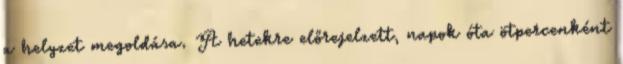
a helyzet megoldása. A hetekre előrejelzett, napok óta ötpercenként